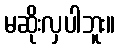
မဆိုးလှပါဘူး။